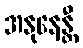
အနုနေန္တီ